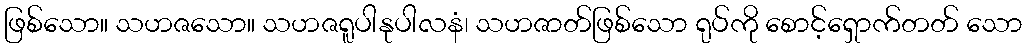
ဖြစ်သော။ သဟဇသော။ သဟဇရူပါနုပါလနံ၊ သဟဇာတ်ဖြစ်သော ရုပ်ကို စောင့်ရှောက်တတ် သော